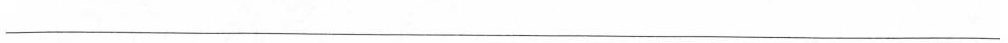
___